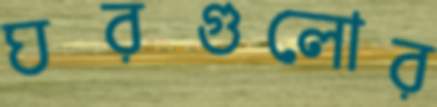
ঘরগুলোর